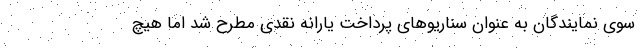
سوی نمایندگان به عنوان سناریوهای پرداخت یارانه نقدی مطرح شد اما هیچ